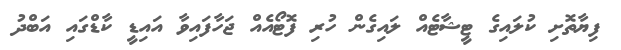
ފިޔާތޮށި ކުލައިގެ ޓީޝާޓެއް ލައިގެން ހުރި ފޮޓޯއެއް ޖަހާފައިވާ އައިޑީ ކާޑްގައި އަބްދު